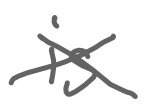
Text: is
Cross-out: cross
Writing tool: digital_gray